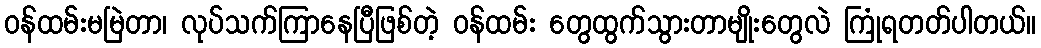
ဝန်ထမ်းမမြဲတာ၊ လုပ်သက်ကြာနေပြီဖြစ်တဲ့ ဝန်ထမ်း တွေထွက်သွားတာမျိုးတွေလဲ ကြုံရတတ်ပါတယ်။